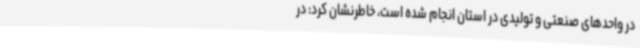
در واحدهای صنعتی و تولیدی در استان انجام شده است، خاطرنشان کرد: در